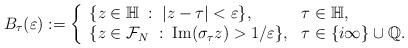
LaTeX: \begin{align*} B_{\tau}(\varepsilon):=\left\{\begin{array}{ll} \{ z \in \mathbb{H} \; : \; |z-\tau| < \varepsilon \}, & \tau \in \mathbb{H}, \\ \{ z \in \mathcal{F}_N \; : \; \mathrm{Im}(\sigma_{\tau}z) > 1/\varepsilon \}, & \tau \in \{ i \infty\} \cup \mathbb{Q}.\end{array}\right.\end{align*}